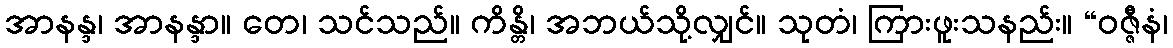
အာနန္ဒ၊ အာနန္ဒာ။ တေ၊ သင်သည်။ ကိန္တိ၊ အဘယ်သို့လျှင်။ သုတံ၊ ကြားဖူးသနည်း။ “ဝဇ္ဇီနံ၊